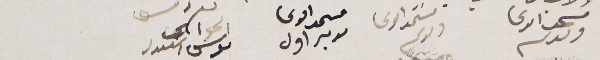
مستمد الدعا ولدكم           مستمد الدعا ولدكم    مستمد الدعا مدبر اول  الحورى ىوسف اسكىدر